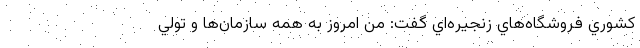
كشوري فروشگاه‌هاي زنجيره‌اي گفت: من امروز به همه سازمان‌ها و تولي